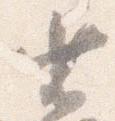
省